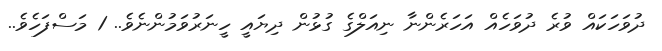
ދުވަހަކައް ވުރެ ދުވަހެއް އަހަރެންނާ ނިއަލްގެ ގުޅުން ދިޔައީ ހީނަރުވަމުންނެވެ.. 1 މަސްފަހެވެ..